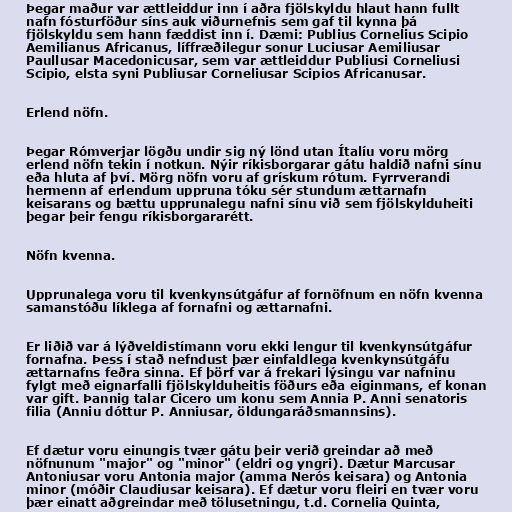
Þegar maður var ættleiddur inn í aðra fjölskyldu hlaut hann fullt
nafn fósturföður síns auk viðurnefnis sem gaf til kynna þá
fjölskyldu sem hann fæddist inn í. Dæmi: Publius Cornelius Scipio
Aemilianus Africanus, líffræðilegur sonur Luciusar Aemiliusar
Paullusar Macedonicusar, sem var ættleiddur Publiusi Corneliusi
Scipio, elsta syni Publiusar Corneliusar Scipios Africanusar.

Erlend nöfn.

Þegar Rómverjar lögðu undir sig ný lönd utan Ítalíu voru mörg
erlend nöfn tekin í notkun. Nýir ríkisborgarar gátu haldið nafni sínu
eða hluta af því. Mörg nöfn voru af grískum rótum. Fyrrverandi
hermenn af erlendum uppruna tóku sér stundum ættarnafn
keisarans og bættu upprunalegu nafni sínu við sem fjölskylduheiti
þegar þeir fengu ríkisborgararétt.

Nöfn kvenna.

Upprunalega voru til kvenkynsútgáfur af fornöfnum en nöfn kvenna
samanstóðu líklega af fornafni og ættarnafni.

Er liðið var á lýðveldistímann voru ekki lengur til kvenkynsútgáfur
fornafna. Þess í stað nefndust þær einfaldlega kvenkynsútgáfu
ættarnafns feðra sinna. Ef þörf var á frekari lýsingu var nafninu
fylgt með eignarfalli fjölskylduheitis föðurs eða eiginmans, ef konan
var gift. Þannig talar Cicero um konu sem Annia P. Anni senatoris
filia (Anniu dóttur P. Anniusar, öldungaráðsmannsins).

Ef dætur voru einungis tvær gátu þeir verið greindar að með
nöfnunum "major" og "minor" (eldri og yngri). Dætur Marcusar
Antoniusar voru Antonia major (amma Nerós keisara) og Antonia
minor (móðir Claudiusar keisara). Ef dætur voru fleiri en tvær voru
þær einatt aðgreindar með tölusetningu, t.d. Cornelia Quinta,